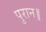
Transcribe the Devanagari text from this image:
पुरान॥